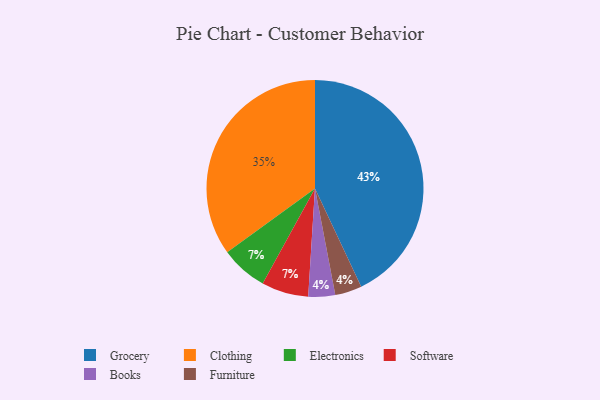
{"axis": {"x": "Category", "y": "Percentage"}, "legend": ["Books", "Clothing", "Electronics", "Furniture", "Grocery", "Software"], "data": [{"x": "Books", "y": 4, "type": "Books"}, {"x": "Grocery", "y": 43, "type": "Grocery"}, {"x": "Electronics", "y": 7, "type": "Electronics"}, {"x": "Clothing", "y": 35, "type": "Clothing"}, {"x": "Software", "y": 7, "type": "Software"}, {"x": "Furniture", "y": 4, "type": "Furniture"}]}